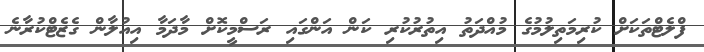
ފްލެޓްތަކަށް ކުރިމަތިލުމުގެ މުއްދަތު އިތުރުކުރި ކަން އަންގައި ރަސްމީކޮށް މާދަމާ އިއުލާން ގެޒެޓްކުރާނެ